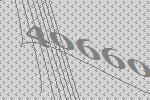
40660